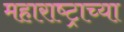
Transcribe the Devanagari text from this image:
महाराष्‍ट्राच्या